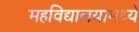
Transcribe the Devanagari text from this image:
महविद्यालयामध्ये